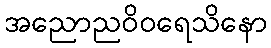
အညောညဝိဝရေသိနော